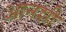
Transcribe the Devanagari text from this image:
आनशी